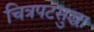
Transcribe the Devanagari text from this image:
चित्रपटसुद्धा